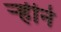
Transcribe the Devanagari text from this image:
ऱ्हीने